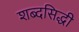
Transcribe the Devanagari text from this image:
शब्दसिद्धी